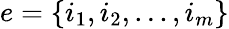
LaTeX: e=\{ i_{1},i_{2},...,i_{m}\}